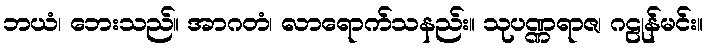
ဘယံ၊ ဘေးသည်။ အာဂတံ၊ လာရောက်သနည်း။ သုပဏ္ဏရာဇ၊ ဂဠုန်မင်း။